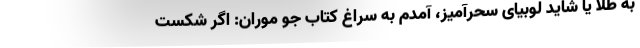
به طلا یا شاید لوبیای سحرآمیز، آمدم به سراغِ کتابِ جو موران: اگر شکست